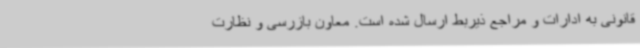
قانونی به ادارات و مراجع ذیربط ارسال شده است. معاون بازرسی و نظارت